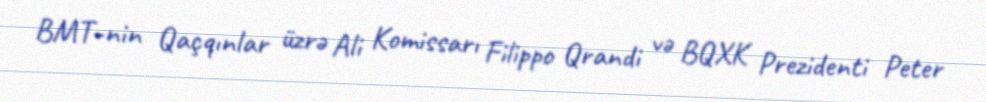
BMT-nin Qaçqınlar üzrə Ali Komissarı Filippo Qrandi və BQXK Prezidenti Peter